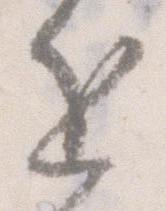
進